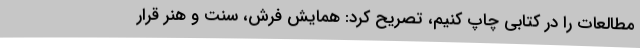
مطالعات را در کتابی چاپ کنیم، تصریح کرد: همایش فرش، سنت و هنر قرار